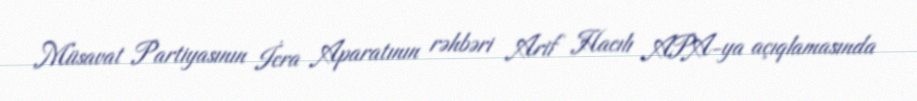
Müsavat Partiyasının İcra Aparatının rəhbəri Arif Hacılı APA-ya açıqlamasında